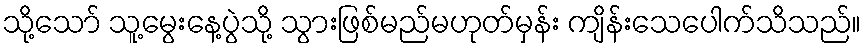
သို့သော် သူ့မွေးနေ့ပွဲသို့ သွားဖြစ်မည်မဟုတ်မှန်း ကျိန်းသေပေါက်သိသည်။